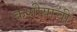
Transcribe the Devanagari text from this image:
कशीयाची